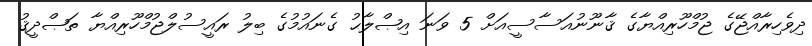
ދިވެހިރާއްޖޭގެ ޖުމްހޫރިއްޔާގެ ޤާނޫނުއަސާސީއަށް 5 ވަނަ އިޞްލާޙު ގެނައުމުގެ ބިލު ރައީސުލްޖުމްހޫރިއްޔާ ތަޞްދީޤު